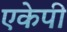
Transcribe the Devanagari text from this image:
एकेपी